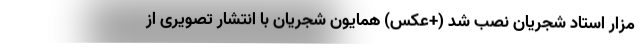
مزار استاد شجریان نصب شد (+عکس) همایون شجریان با انتشار تصویری از